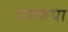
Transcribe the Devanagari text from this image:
परारूपा